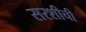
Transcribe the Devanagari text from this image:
सरशीची